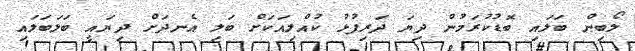
ލޯބިން ބަލައި ބޮޑުކުރަމުން ދިޔަ ދަރިފުޅު ކުއްލިއަކަށް ބަލި އެނދަށް ދިޔައީ ބަލަބަލައި